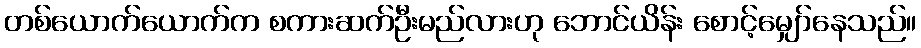
တစ်ယောက်ယောက်က စကားဆက်ဦးမည်လားဟု ဘောင်ယိန်း စောင့်မျှော်နေသည်။